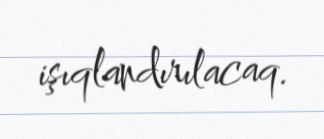
işıqlandırılacaq.